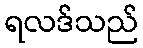
ရလဒ်သည်